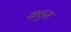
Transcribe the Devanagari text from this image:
कडुस